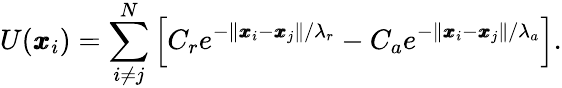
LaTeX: U(\pmb{x}_{i})=\sum_{i\neq j}^{N}\left[C_{r}e^{-\| \pmb{x}_{i}-\pmb{x}_{j}\| /\lambda_{r}}-C_{a}e^{-\| \pmb{x}_{i}-\pmb{x}_{j}\| /\lambda_{a}}\right].